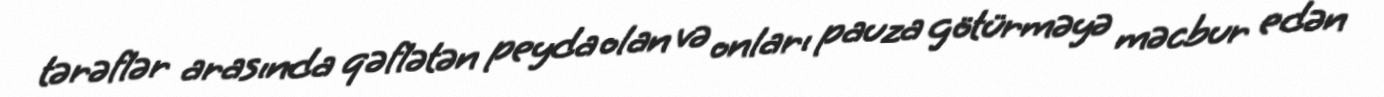
tərəflər arasında qəflətən peyda olan və onları pauza götürməyə məcbur edən